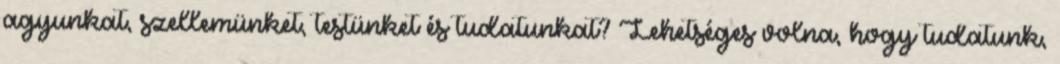
agyunkat, szellemünket, testünket és tudatunkat? Lehetséges volna, hogy tudatunk,